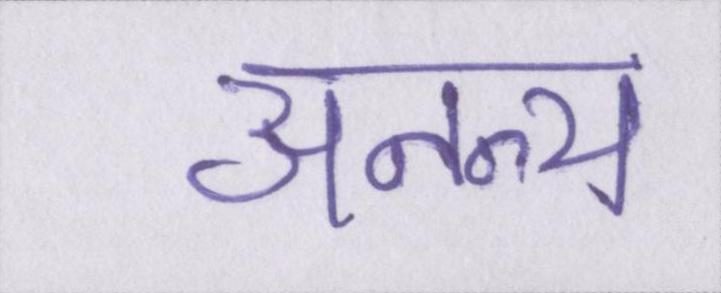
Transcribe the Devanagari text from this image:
अनन्य